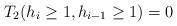
LaTeX: \begin{align*} T_2(h_i {}\geq{} 1, h_{i-1} {}\geq{} 1) = 0 \end{align*}